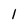
Character: l